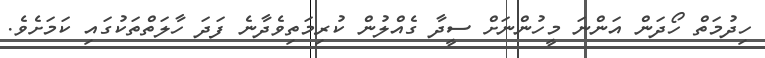
ހިދުމަތް ހޯދަން އަންނަ މީހުންނަށް ސީދާ ގެއްލުން ކުރިމަތިވެދާނެ ފަދަ ހާލަތްތަކުގައި ކަމަށެެވެ.